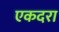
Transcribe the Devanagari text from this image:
एकदरा